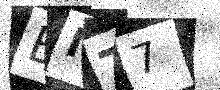
Text: BIT7